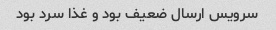
سرویس ارسال ضعیف بود و غذا سرد بود